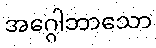
အဂ္ဂေါဘာသော